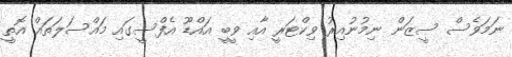
ނަމަވެސް ސީޒަން ނިމުނުއިރު ވިކްޓަރީ އާއި ވީބީ އައްޑޫ އެފްސީގައި މައްސަލަތައް އޮތީ